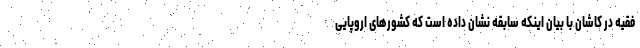
فقیه در کاشان با بیان اینکه سابقه نشان داده است که کشورهای اروپایی